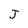
Character: J